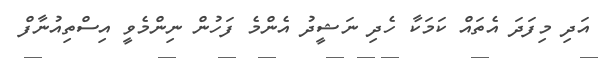
އަދި މިފަދަ އެތައް ކަމަކާ ހެދި ނަޝީދު އެންމެ ފަހުން ނިންމެވީ އިސްތިއުނާފް